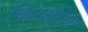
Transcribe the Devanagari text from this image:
किंगशिप